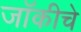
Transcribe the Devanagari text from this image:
जॉकीचे